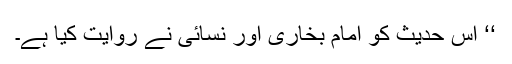
‘‘ اِس حدیث کو امام بخاری اور نسائی نے روایت کیا ہے۔